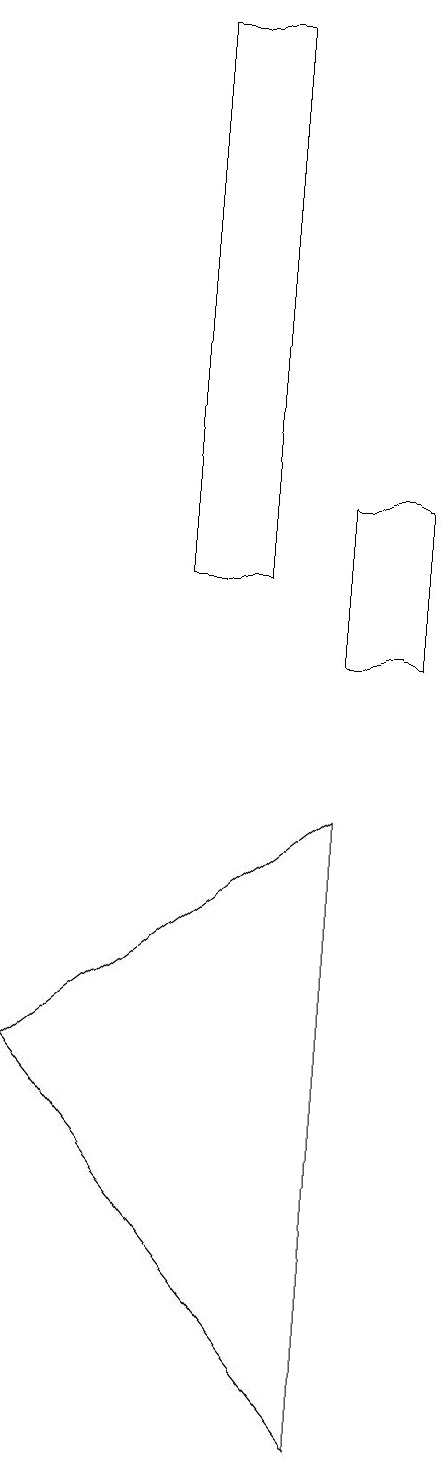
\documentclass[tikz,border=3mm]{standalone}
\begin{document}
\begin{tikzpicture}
\draw (9,10) rectangle (8,12);
\draw (4,5) -- (8,8) -- (8,0) -- cycle;
\draw (6,11) rectangle (7,18);
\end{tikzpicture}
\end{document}